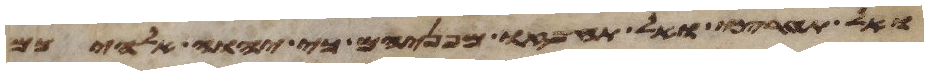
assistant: ואל תערצו ואל תחפזו מפניהם כי יהוה אלהיכם